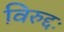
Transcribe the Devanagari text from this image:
विरुद्दः